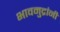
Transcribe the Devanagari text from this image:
भावमुद्रांनी